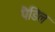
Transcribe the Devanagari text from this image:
पैडिल